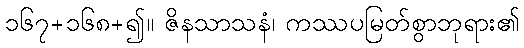
၁၆၇+၁၆၈+၍။ ဇိနသာသနံ၊ ကဿပမြတ်စွာဘုရား၏